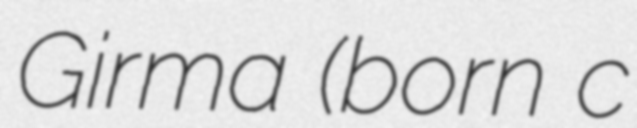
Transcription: Girma (born c